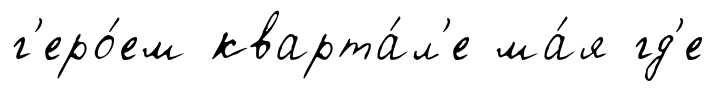
г'еро́ем кварта́л'е ма́я гд'е